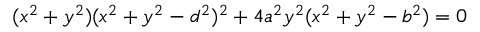
( x ^ { 2 } + y ^ { 2 } ) ( x ^ { 2 } + y ^ { 2 } - d ^ { 2 } ) ^ { 2 } + 4 a ^ { 2 } y ^ { 2 } ( x ^ { 2 } + y ^ { 2 } - b ^ { 2 } ) = 0